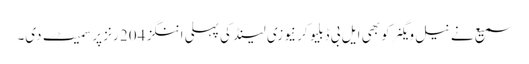
سمیع نے نیل ویگنر کو بھی ایل بی ڈبلیو کر نیوزی لینڈ کی پہلی اننگز 204 رنز پر سمیٹ دی۔